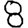
Digit: 8